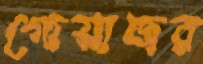
গোয়াজর